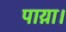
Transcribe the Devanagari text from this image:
पाय़ा।